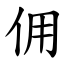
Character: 佣